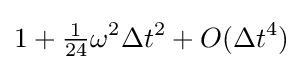
1+{\tfrac {1}{24}}\omega ^{2}\Delta t^{2}+O(\Delta t^{4})